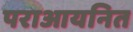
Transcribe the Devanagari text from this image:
पराआयनित